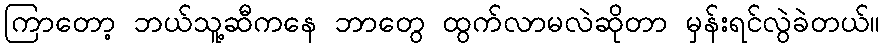
ကြာတော့ ဘယ်သူ့ဆီကနေ ဘာတွေ ထွက်လာမလဲဆိုတာ မှန်းရင်လွဲခဲတယ်။